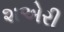
શએરી